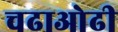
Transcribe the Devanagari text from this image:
चढाओढी